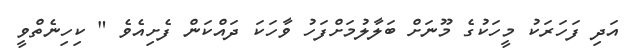
އަދި ފަހަރަކު މީހަކުގެ މޫނަށް ބަލާލުމަށްފަހު ވާހަކަ ދައްކަން ފެށިއެވެ " ކިހިނެތްވީ